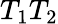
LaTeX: T_{1}T_{2}